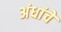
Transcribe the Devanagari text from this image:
अंधांचे